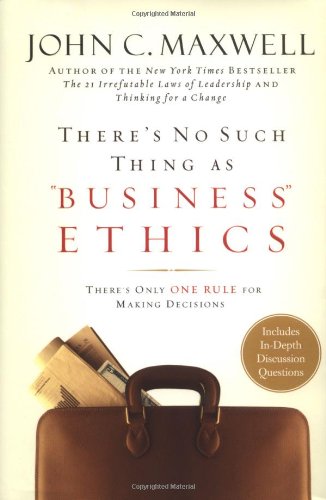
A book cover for There's No Such Thing as "Business" Ethics: There's Only One Rule for Making Decisions; John C. Maxwell; Business & Money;